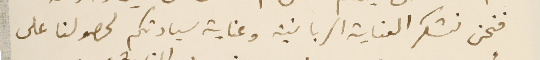
فنحن نشكر العناية الربانية وعناية سيادتكم لحصولنا على